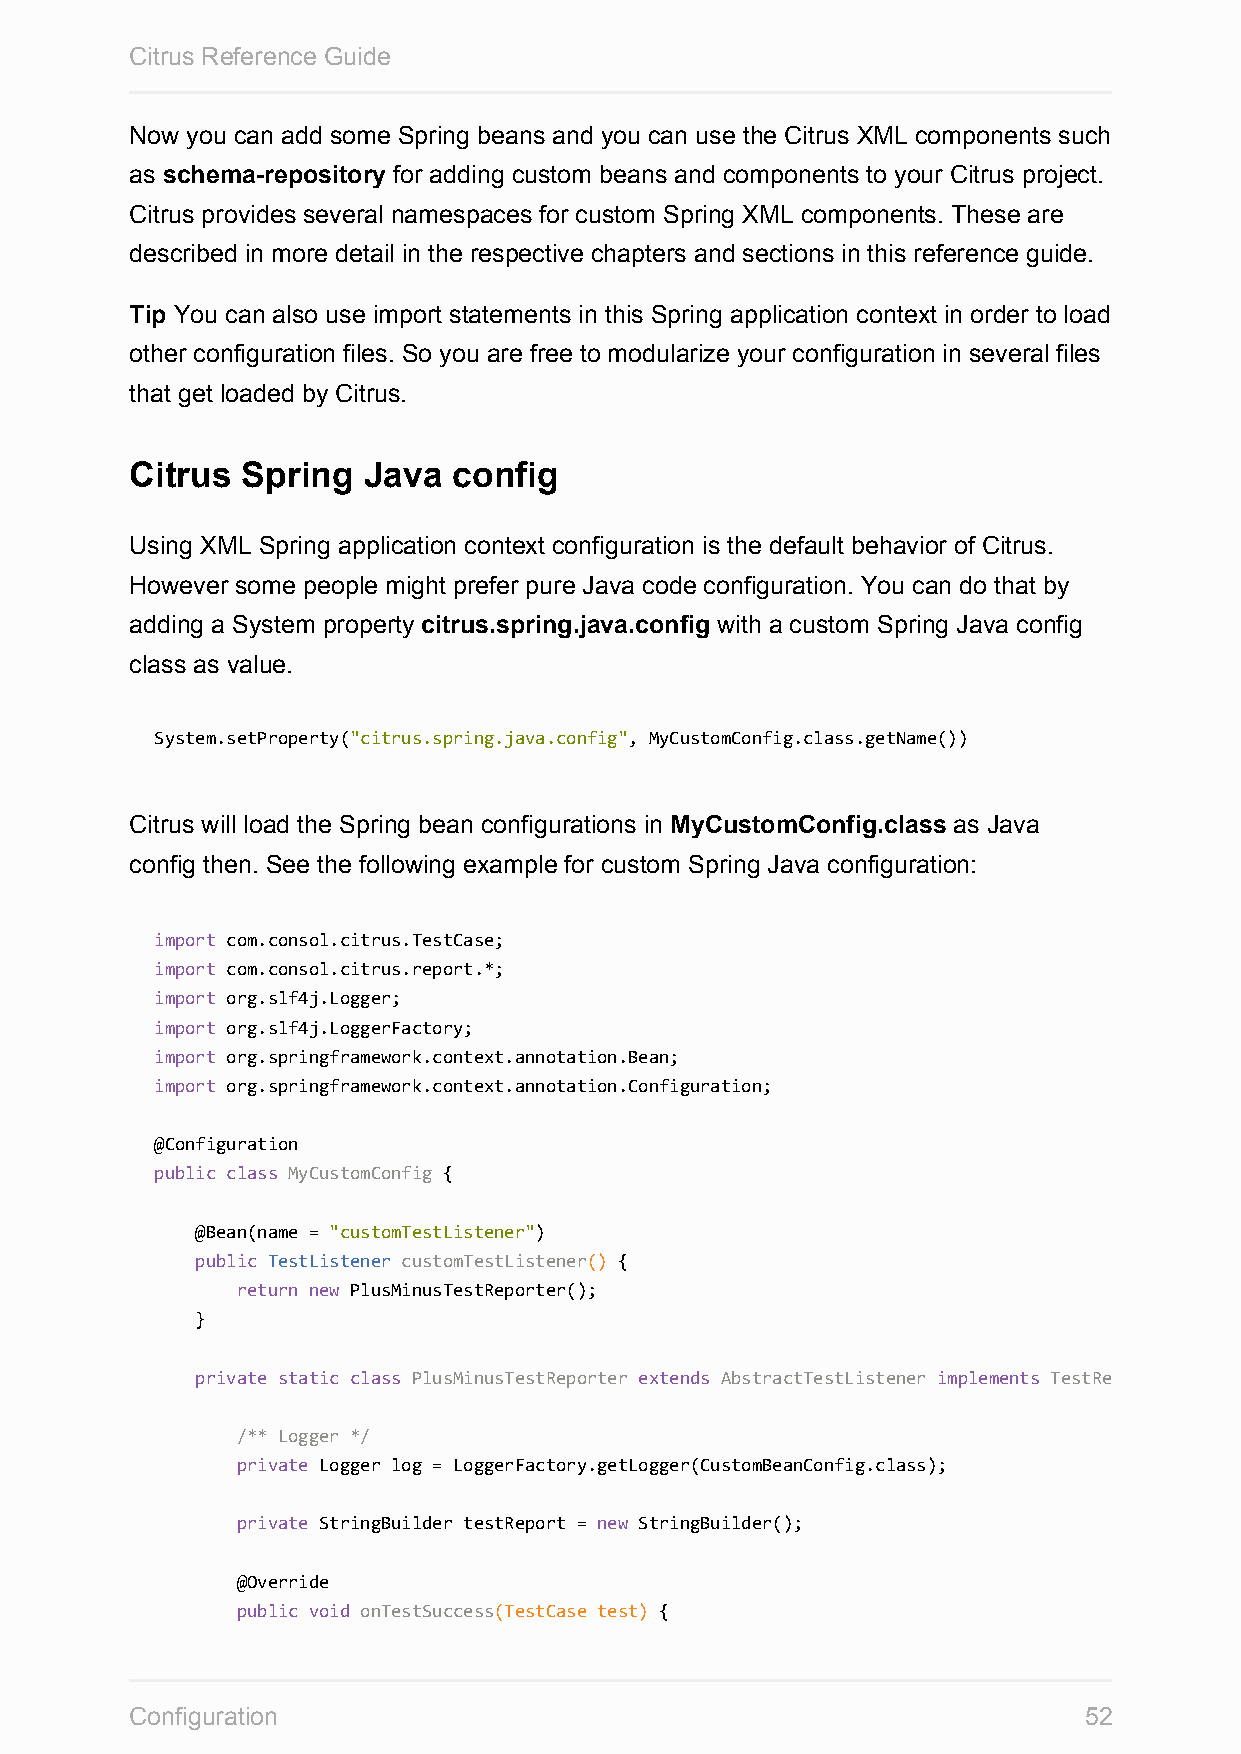
Citrus Reference Guide
 Now you can add some Spring beans and you can use the Citrus XML components such
 as schema-repository for adding custom beans and components to your Citrus project.
 Citrus provides several namespaces for custom Spring XML components. These are
 described in more detail in the respective chapters and sections in this reference guide.
 Tip You can also use import statements in this Spring application context in order to load
 other configuration files. So you are free to modularize your configuration in several files
 that get loaded by Citrus.
 Citrus Spring  Java  config
 Using XML Spring application context configuration is the default behavior of Citrus.
 However some people might prefer pure Java code configuration. You can do that by
 adding a System property citrus.spring.java.config with a custom Spring Java config
 class as value.
 System.setProperty("citrus.spring.java.config", MyCustomConfig.class.getName())
 Citrus will load the Spring bean configurations in MyCustomConfig.class as Java
 config then. See the following example for custom Spring Java configuration:
 import com.consol.citrus.TestCase;
 import com.consol.citrus.report.*;
 import org.slf4j.Logger;
 import org.slf4j.LoggerFactory;
 import org.springframework.context.annotation.Bean;
 import org.springframework.context.annotation.Configuration;
 @Configuration
 public class MyCustomConfig {
 @Bean(name = "customTestListener")
 public TestListener customTestListener() {
 return new PlusMinusTestReporter();
 }
 private static class PlusMinusTestReporter extends AbstractTestListener implements TestReporter
 /** Logger */
 private Logger log = LoggerFactory.getLogger(CustomBeanConfig.class);
 private StringBuilder testReport = new StringBuilder();
 @Override
 public void onTestSuccess(TestCase test) {
 Configuration                                                  52